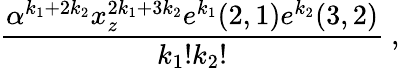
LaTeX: {\frac{\alpha^{k_{1}+2k_{2}}x_{z}^{2k_{1}+3k_{2}}e^{k_{1}}(2,1)e^{k_{2}}(3,2)}{k_{1}!k_{2}!}}\ ,